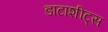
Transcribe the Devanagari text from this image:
डाटाशीट्स